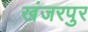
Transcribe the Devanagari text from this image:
खंजरपुर